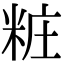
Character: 粧